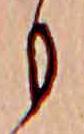
も